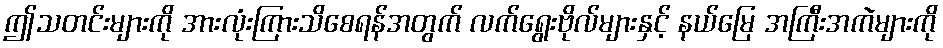
ဤသတင်းများကို အားလုံးကြားသိစေရန်အတွက် လက်ရွေးဗိုလ်များနှင့် နယ်မြေ အကြီးအကဲများကို